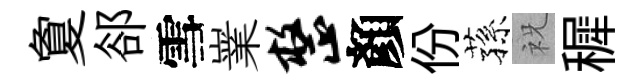
夐郤雪嶪整顏份蓀祝穉